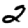
Digit: 2